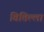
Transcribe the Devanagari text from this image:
वित्तिल्ला